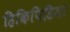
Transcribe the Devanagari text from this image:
हिकिपिडिया